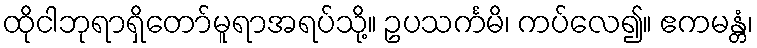
ထိုငါဘုရာရှိတော်မူရာအရပ်သို့။ ဥပသင်္ကမိ၊ ကပ်လေ၍။ ဧကမန္တံ၊